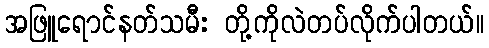
အဖြူရောင်နတ်သမီး တို့ကိုလဲတပ်လိုက်ပါတယ်။